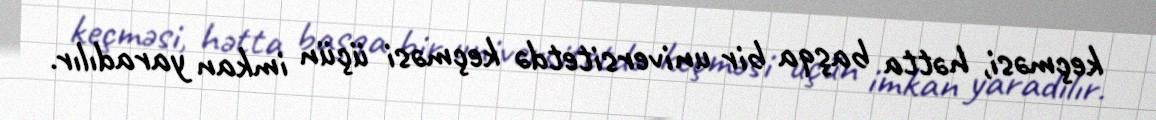
keçməsi, hətta başqa bir universitetdə keçməsi üçün imkan yaradılır.